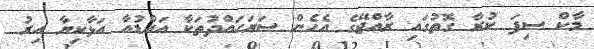
މާކް ސިފަ ކުރާ ގޮތުގައި ރާއްޖޭގެ އެހެން ސަރަހައްދުތަކާ އައްޑުއާ އަޅާކިޔާ އިރު